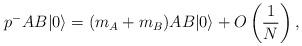
LaTeX: \begin{align*}p^- AB|0\rangle=(m_A+m_B)AB|0\rangle+O\left(\frac{1}{N}\right),\end{align*}